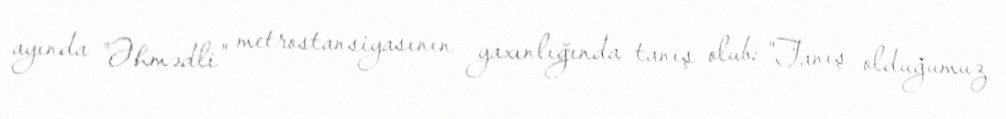
ayında "Əhmədli" metrostansiyasının yaxınlığında tanış olub: "Tanış olduğumuz